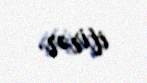
itirər.